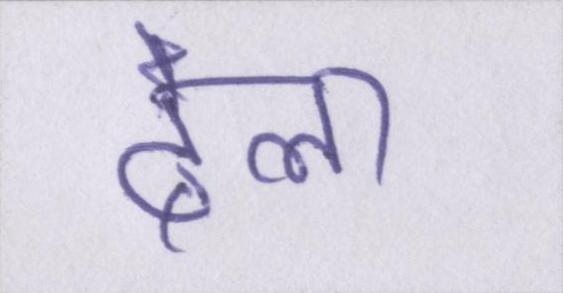
ढेला